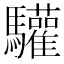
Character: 驩